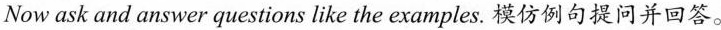
Now ask and answer questions like the examples. 模仿例句提问并回答。